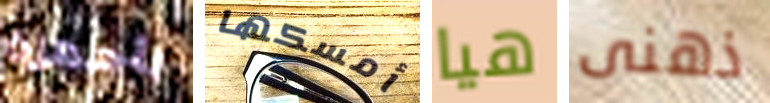
بأجهزة أمسكها هيا ذهنى